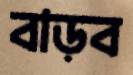
বাড়ব